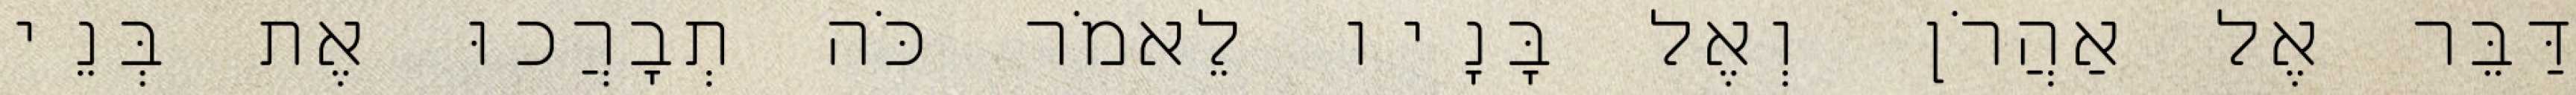
דַּבֵּר אֶל אַהֲרֹן וְאֶל בָּנָיו לֵאמֹר כֹּה תְבָרֲכוּ אֶת בְּנֵי